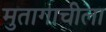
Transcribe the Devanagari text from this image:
मुतागाचीला